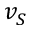
v _ { S }